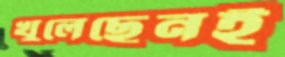
খুলেছেনই